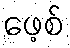
ဖေ့စ်